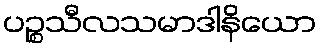
ပဉ္စသီလသမာဒါနိယော